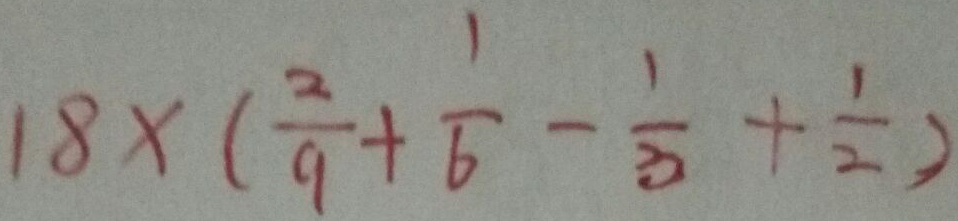
1 8 \times ( \frac { 2 } { 9 } + \frac { 1 } { 6 } - \frac { 1 } { 3 } + \frac { 1 } { 2 } )